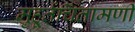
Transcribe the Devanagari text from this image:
मुहूर्तचिंतामणी